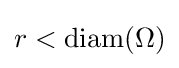
r<\operatorname {diam} (\Omega )